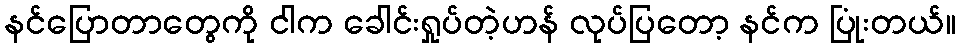
နင်ပြောတာတွေကို ငါက ခေါင်းရှုပ်တဲ့ဟန် လုပ်ပြတော့ နင်က ပြုံးတယ်။